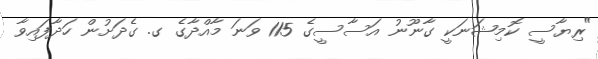
"ރިޔާސީ ކޮމިޝަނަކީ ގާނޫނު އަސާސީގެ 115 ވަނަ މާއްދާގެ ގ. ގެދަށުން ހަދާފައިވާ